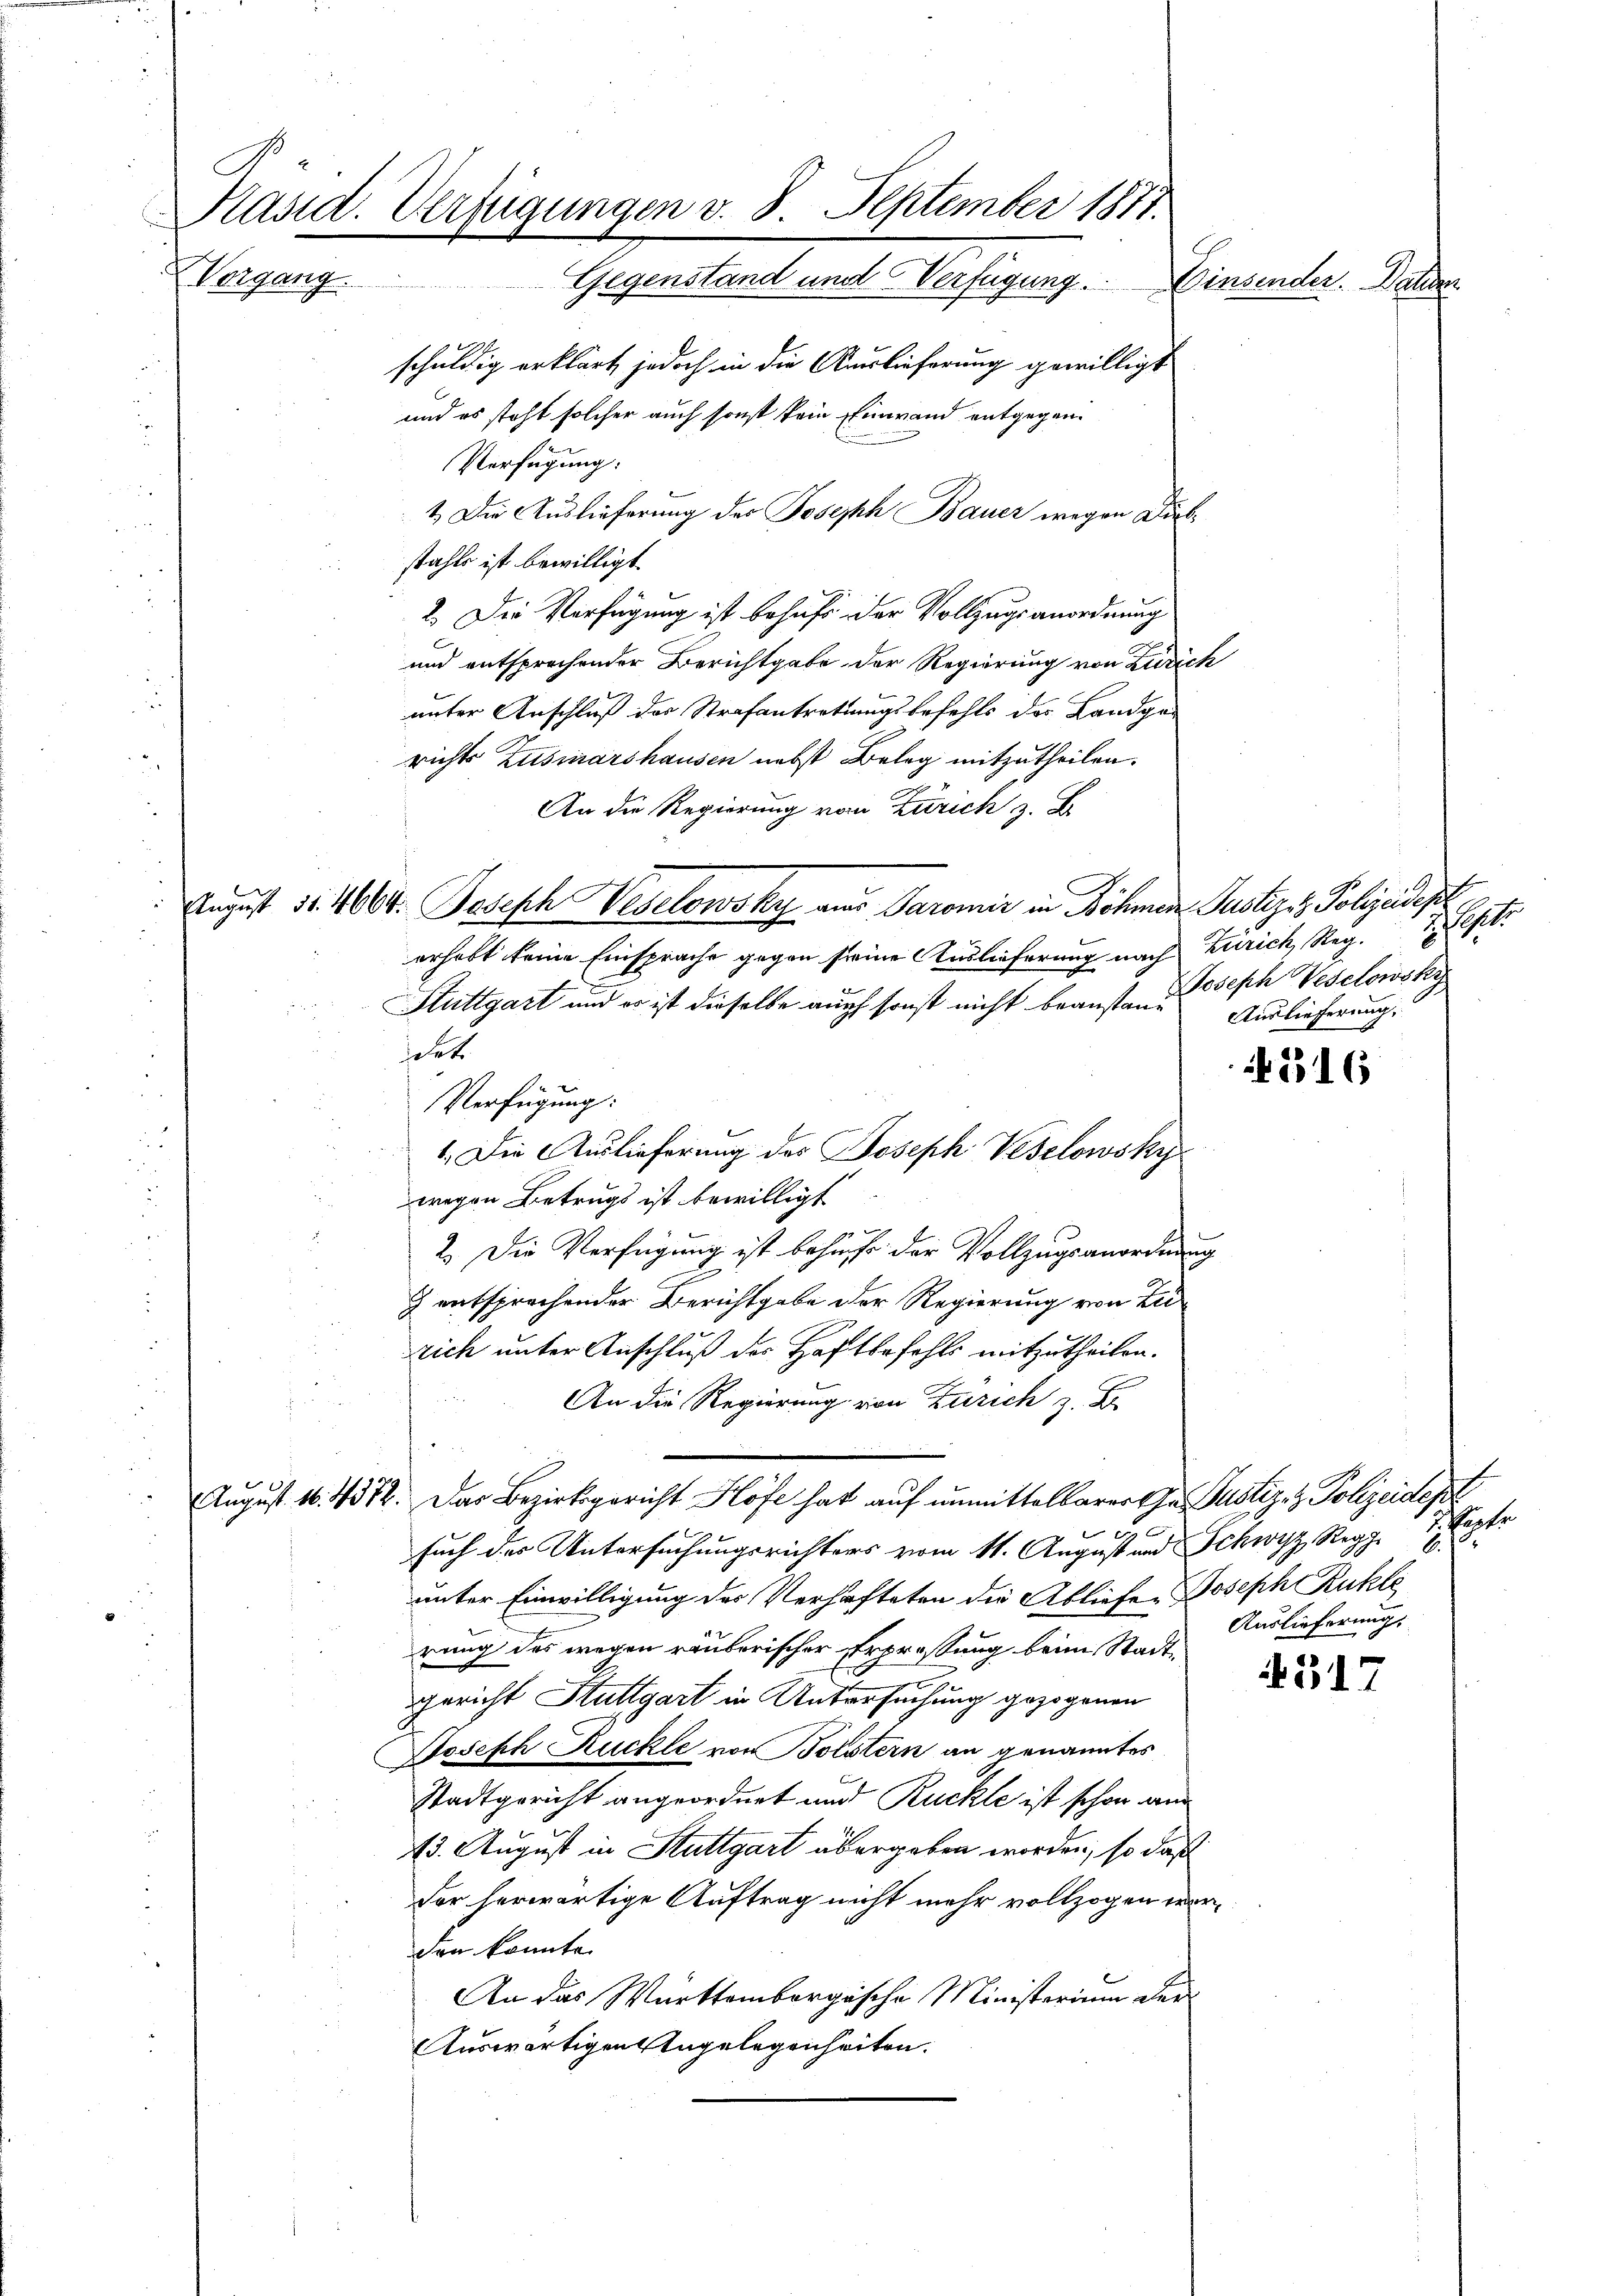
Päsid. Verfügungen v. 8. September 1877.
Vergang
Gegenstand und Verfügung

schuldig erklärt jedoch in die Auslieferung gewilligt
und es steht solcher auch sonst kein Einwand entgegen¬
Verfügung:
1. Die Auslieferung des Joseph Bauer wegen Diebstahls ist bewilligt.
2. Der Verfügung ist behufs der Vollzugsanordnung
und entsprechender Berichtgabe der Regierung von Zürich
unter Anschluß des Strafantrettungsbefehls des Landge-
richts Zusmarshausen nebst Beleg mitzutheilen.
An die Regierung von Zürich z. B.
August Nr. 4664. Joseph Weselowsky aus Paromir in Böhmen Justizsz Polizeidest
erhebt keine Einsprache gegen seine Auslieferung nach Zürich, Reg.
Stuttgart und er ist dieselbe auch sonst nicht beanstand Auslieferung,
jet
Verfügung:
1. Die Auslieferung des Joseph Vesclowsky
wegen Betrugs ist bewilligt
2. Die Verfügung ist behufe der Vollzugsanordnung
) entsprechender Berichtgabe der Regierung von Leirich unter Anschluß des Haftbefehls mitzutheilen.
An die Regierung von Zürich z. B.
August 16. 4372. Das Bezirksgericht Höfe hat auf unmittelbarer Ehe Justiz- & Polizeidept
d
such der Untersuchungsrichters vom 11. August und Schwyz Reg. 1888
unter Einwilligung des Verhafteten die Abliefe. Joseph Ruhle
rung des wegen räuberischer Erpressung beim Stadtx
gericht Stuttgart in Untersuchung gezogenen
Joseph Ruckle von Bolstern an genanntes
Stadtgericht angeordnet und Rückte ist schon am
13. August in Stuttgart übergeben worden, so daß
der herwärtige Auftrag nicht mehr vollzogen werden konnte.
An das Württembergische Ministerium der
Auswärtigen Angelegenheiten.

insender. Dan

oto
Joseph Vedelowsky

5316

Papfer
Auslieferung.

4517